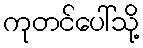
ကုတင်ပေါ်သို့